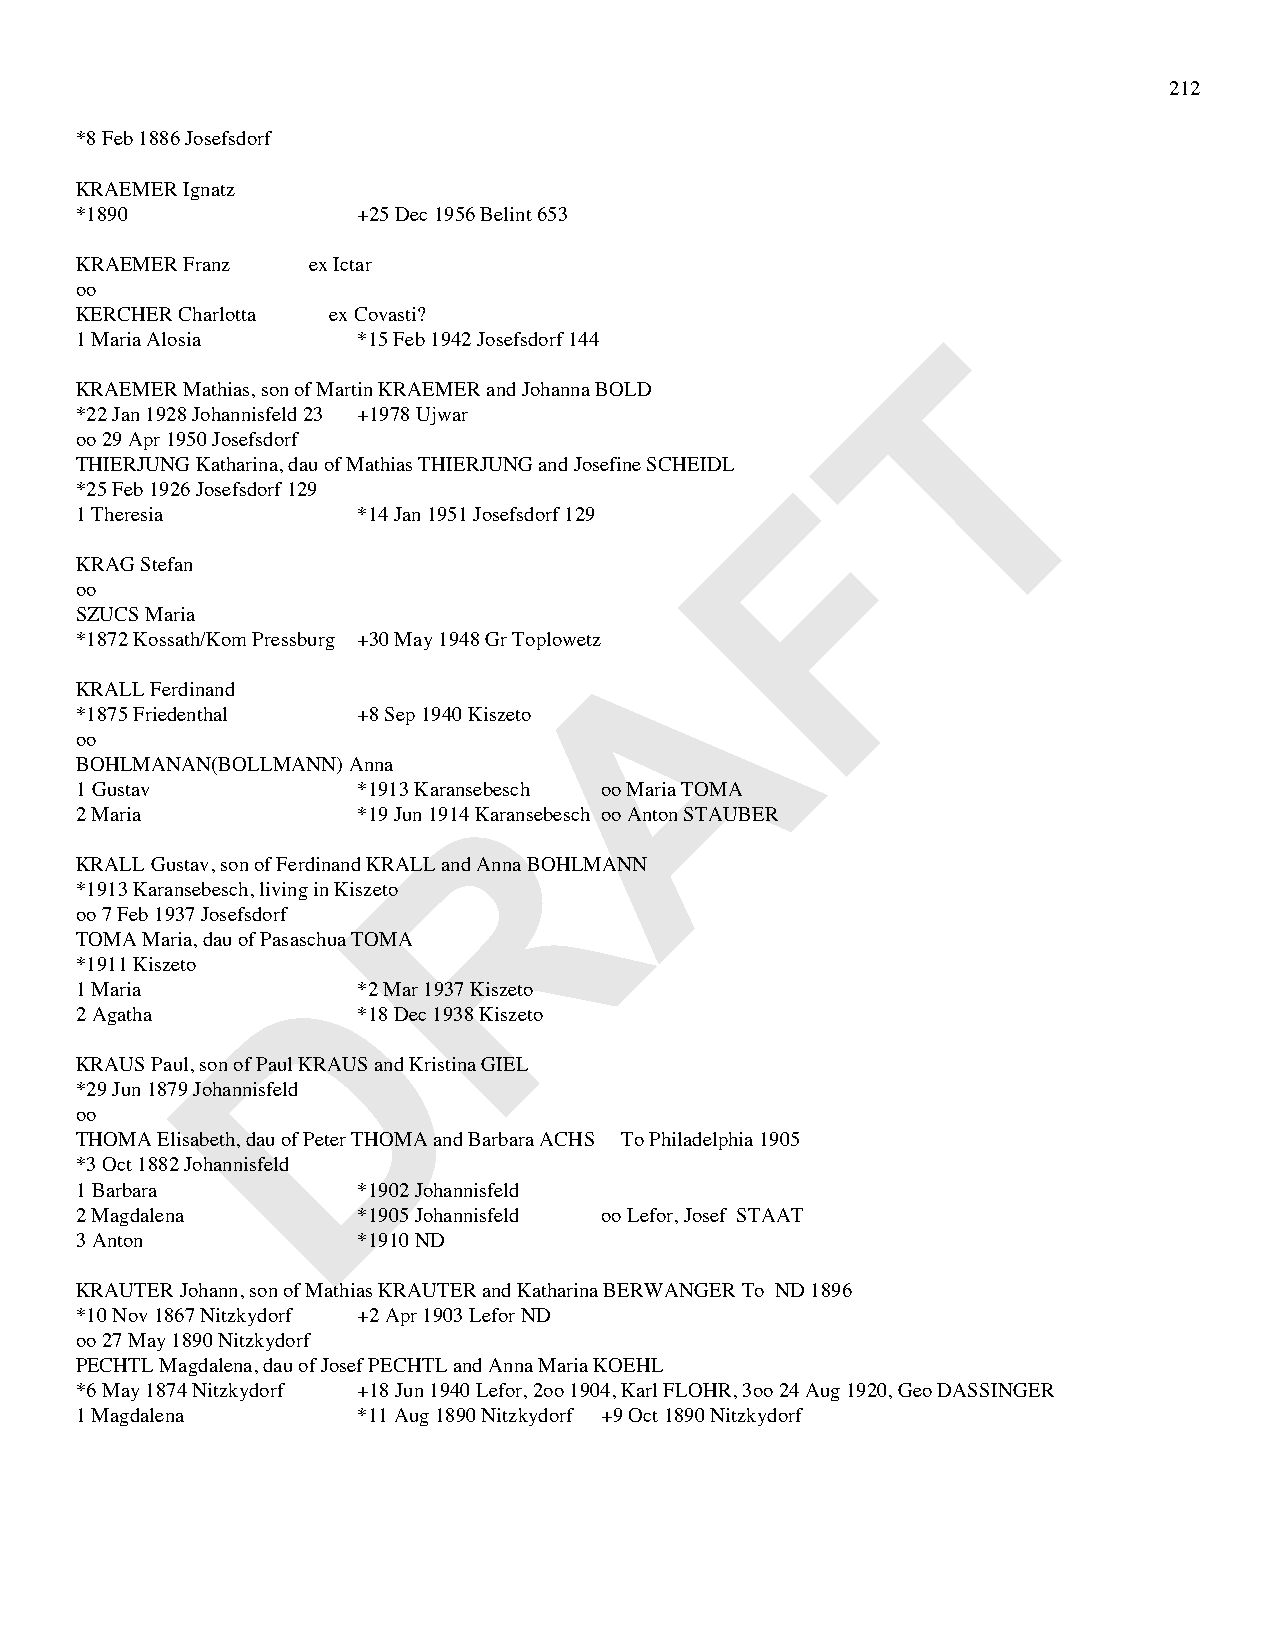
212
 *8 Feb 1886 Josefsdorf
 KRAEMER Ignatz
 *1890              +25 Dec 1956 Belint 653
 KRAEMER Franz  ex Ictar
 oo
 KERCHER Charlotta ex Covasti?
 T
 1 Maria Alosia     *15 Feb 1942 Josefsdorf 144
 KRAEMER Mathias, son of Martin KRAEMER and Johanna BOLD
 *22 Jan 1928 Johannisfeld 23 +1978 Ujwar
 oo 29 Apr 1950 Josefsdorf
 THIERJUNG Katharina, dau of Mathias THIERJUNG and Josefine SCHEIDL F
 *25 Feb 1926 Josefsdorf 129
 1 Theresia         *14 Jan 1951 Josefsdorf 129
 KRAG Stefan
 oo
 SZUCS Maria                          A
 *1872 Kossath/Kom Pressburg +30 May 1948 Gr Toplowetz
 KRALL Ferdinand
 *1875 Friedenthal  +8 Sep 1940 Kiszeto
 oo
 BOHLMANAN(BOLLMANN) Anna
 R
 1 Gustav           *1913 Karansebesch oo Maria TOMA
 2 Maria            *19 Jun 1914 Karansebesch oo Anton STAUBER
 KRALL Gustav, son of Ferdinand KRALL and Anna BOHLMANN
 *1913 Karansebesch, living in Kiszeto
 oo 7 Feb 1937 Josefsdorf
 TOMA Maria, dau of Pasaschua TOMA
 D
 *1911 Kiszeto
 1 Maria            *2 Mar 1937 Kiszeto
 2 Agatha           *18 Dec 1938 Kiszeto
 KRAUS Paul, son of Paul KRAUS and Kristina GIEL
 *29 Jun 1879 Johannisfeld
 oo
 THOMA Elisabeth, dau of Peter THOMA and Barbara ACHS To Philadelphia 1905
 *3 Oct 1882 Johannisfeld
 1 Barbara          *1902 Johannisfeld
 2 Magdalena        *1905 Johannisfeld oo Lefor, Josef STAAT
 3 Anton            *1910 ND
 KRAUTER Johann, son of Mathias KRAUTER and Katharina BERWANGER To ND 1896
 *10 Nov 1867 Nitzkydorf +2 Apr 1903 Lefor ND
 oo 27 May 1890 Nitzkydorf
 PECHTL Magdalena, dau of Josef PECHTL and Anna Maria KOEHL
 *6 May 1874 Nitzkydorf +18 Jun 1940 Lefor, 2oo 1904, Karl FLOHR, 3oo 24 Aug 1920, Geo DASSINGER
 1 Magdalena        *11 Aug 1890 Nitzkydorf +9 Oct 1890 Nitzkydorf